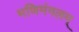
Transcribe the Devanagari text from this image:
मणिमंगलम्